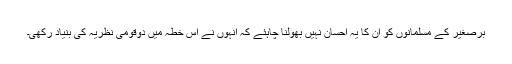
برصغیر کے مسلمانوں کو ان کا یہ احسان نہیں بھولنا چاہئے کہ انہوں نے اس خطہ میں دوقومی نظریہ کی بنیاد رکھی۔